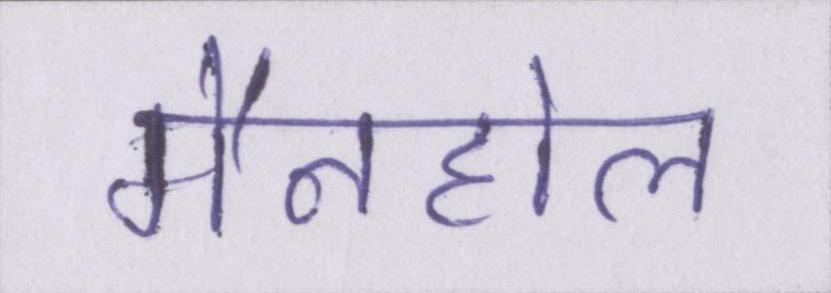
मैनहोल